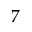
7